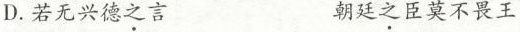
D.若无兴德之言 朝廷之臣莫不畏王